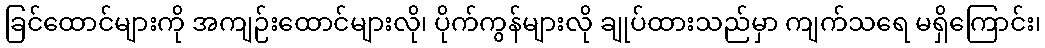
ခြင်ထောင်များကို အကျဉ်းထောင်များလို၊ ပိုက်ကွန်များလို ချုပ်ထားသည်မှာ ကျက်သရေ မရှိကြောင်း၊